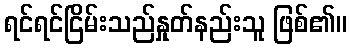
ရင်ရင်ငြိမ်းသည်နှုတ်နည်းသူ ဖြစ်၏။